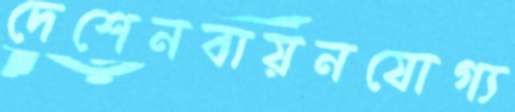
দেশেনবায়নযোগ্য